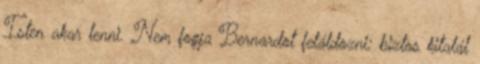
Isten akar lenni. Nem fogja Bernardot feláldozni; biztos kitalál